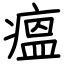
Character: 瘟